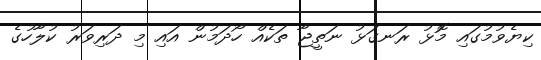
ކިޔެވުމުގައި މޮޅު ރަނގަޅު ނަތީޖާ ތަކެއް ހޯދަމުން އައި މި ދަރިވަރު ކުލާހުގެ